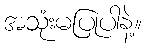
အသုံးမပြုပါနဲ့။